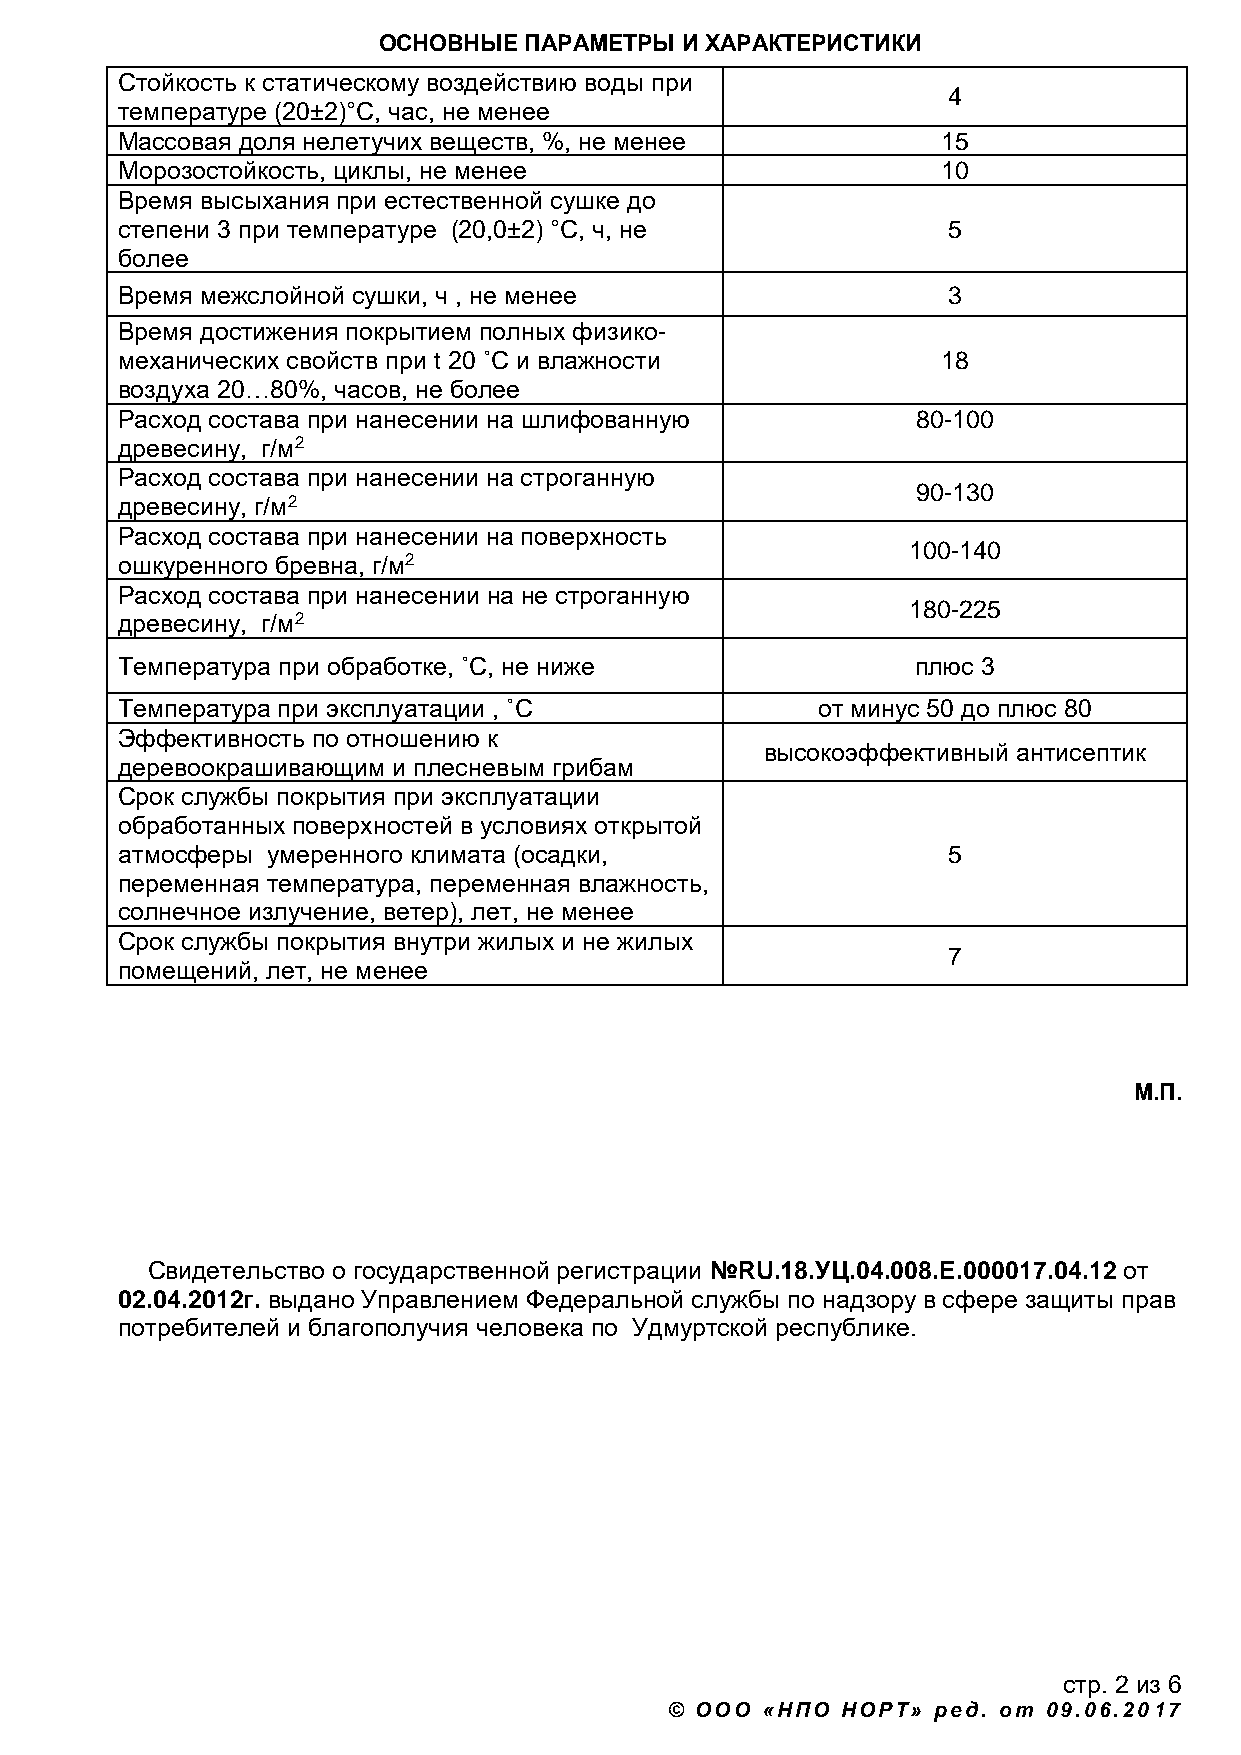
ОСНОВНЫЕ  ПАРАМЕТРЫ И ХАРАКТЕРИСТИКИ
 Стойкость к статическому воздействию воды при
 4
 температуре (20±2)°С, час, не менее
 Массовая доля нелетучих веществ, %, не менее          15
 Морозостойкость, циклы, не менее                      10
 Время высыхания при естественной сушке до
 степени 3 при температуре (20,0±2) °С, ч, не           5
 более
 Время межслойной сушки, ч , не менее                   3
 Время достижения покрытием полных физико-
 механических свойств при t 20 ˚С и влажности          18
 воздуха 20…80%, часов, не более
 Расход состава при нанесении на шлифованную          80-100
 древесину, г/м2
 Расход состава при нанесении на строганную
 90-130
 древесину, г/м2
 Расход состава при нанесении на поверхность
 100-140
 ошкуренного бревна, г/м2
 Расход состава при нанесении на не строганную
 180-225
 древесину, г/м2
 Температура при обработке, ˚С, не ниже               плюс 3
 Температура при эксплуатации , ˚С             от минус 50 до плюс 80
 Эффективность по отношению к
 высокоэффективный антисептик
 деревоокрашивающим и плесневым грибам
 Срок службы покрытия при эксплуатации
 обработанных поверхностей в условиях открытой
 атмосферы умеренного климата (осадки,                  5
 переменная температура, переменная влажность,
 солнечное излучение, ветер), лет, не менее
 Срок службы покрытия внутри жилых и не жилых
 7
 помещений, лет, не менее
 М.П.
 Свидетельство о государственной регистрации №RU.18.УЦ.04.008.Е.000017.04.12 от
 02.04.2012г. выдано Управлением Федеральной службы по надзору в сфере защиты прав
 потребителей и благополучия человека по Удмуртской республике.
 стр. 2 из 6
 © ООО «НПО  НОРТ» ред. от 09.06.2017